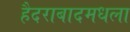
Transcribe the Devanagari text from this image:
हैदराबादमधला